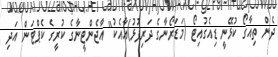
ދެން ތިއާގޯ ކުޅޭނީ ޑިއެގުއިޓޯ (މަޑަރޯނާގެ ދަރިފުޅު)އާއެކު" އާޖެންޓީނާގެ ކުރީގެ ކެޕްޓަން އަދި